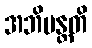
အဘိမန္တတိ